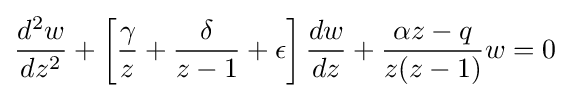
{\frac {d^{2}w}{dz^{2}}}+\left[{\frac {\gamma }{z}}+{\frac {\delta }{z-1}}+\epsilon \right]{\frac {dw}{dz}}+{\frac {\alpha z-q}{z(z-1)}}w=0